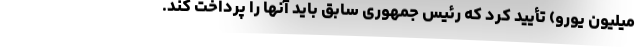
میلیون یورو) تأیید کرد که رئیس جمهوری سابق باید آنها را پرداخت کند.